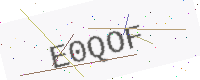
Text: E0QOF